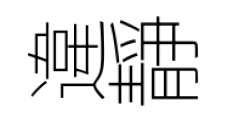
違靜